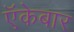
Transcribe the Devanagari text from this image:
ऍकेबार